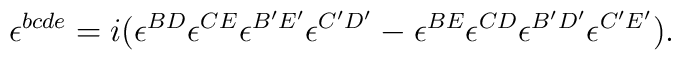
\epsilon^{bcde} =i(\epsilon^{BD}\epsilon^{CE}\epsilon^{B'E'}\epsilon^{C'D'}                  -\epsilon^{BE}\epsilon^{CD}\epsilon^{B'D'}\epsilon^{C'E'}).